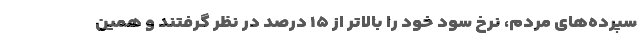
سپرده‌های مردم، نرخ سود خود را بالاتر از ۱۵ درصد در نظر گرفتند و همین